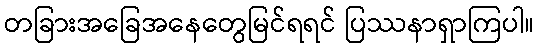
တခြားအခြေအနေတွေမြင်ရရင် ပြဿနာရှာကြပါ။